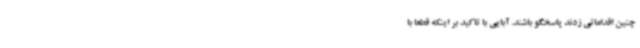
چنین اقداماتی زدند پاسخگو باشند. آبایی با تاکید بر اینکه قطعا با